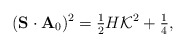
\begin{align*} ({\bf S}\cdot{\bf A}_{0})^{2}=\mbox{$\frac{1}{2}$}H{\cal K}^{2}+\mbox{$\frac{1}{4}$},\end{align*}